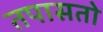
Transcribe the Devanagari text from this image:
तपासतो